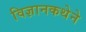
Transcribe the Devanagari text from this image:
विज्ञानकथेने